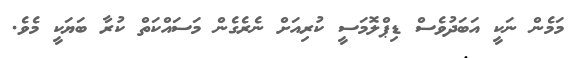
މަމެން ނަކީ އަބަދުވެސް ޑިޕްލޮމަސީ ކުރިއަށް ނެރެގެން މަސައްކަތް ކުރާ ބަޔަކީ މެވެ.